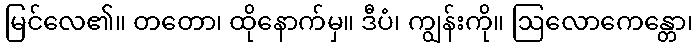
မြင်လေ၏။ တတော၊ ထိုနောက်မှ။ ဒီပံ၊ ကျွန်းကို။ ဩလောကေန္တော၊